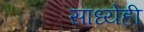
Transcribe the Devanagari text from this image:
साध्येही